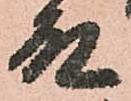
殿